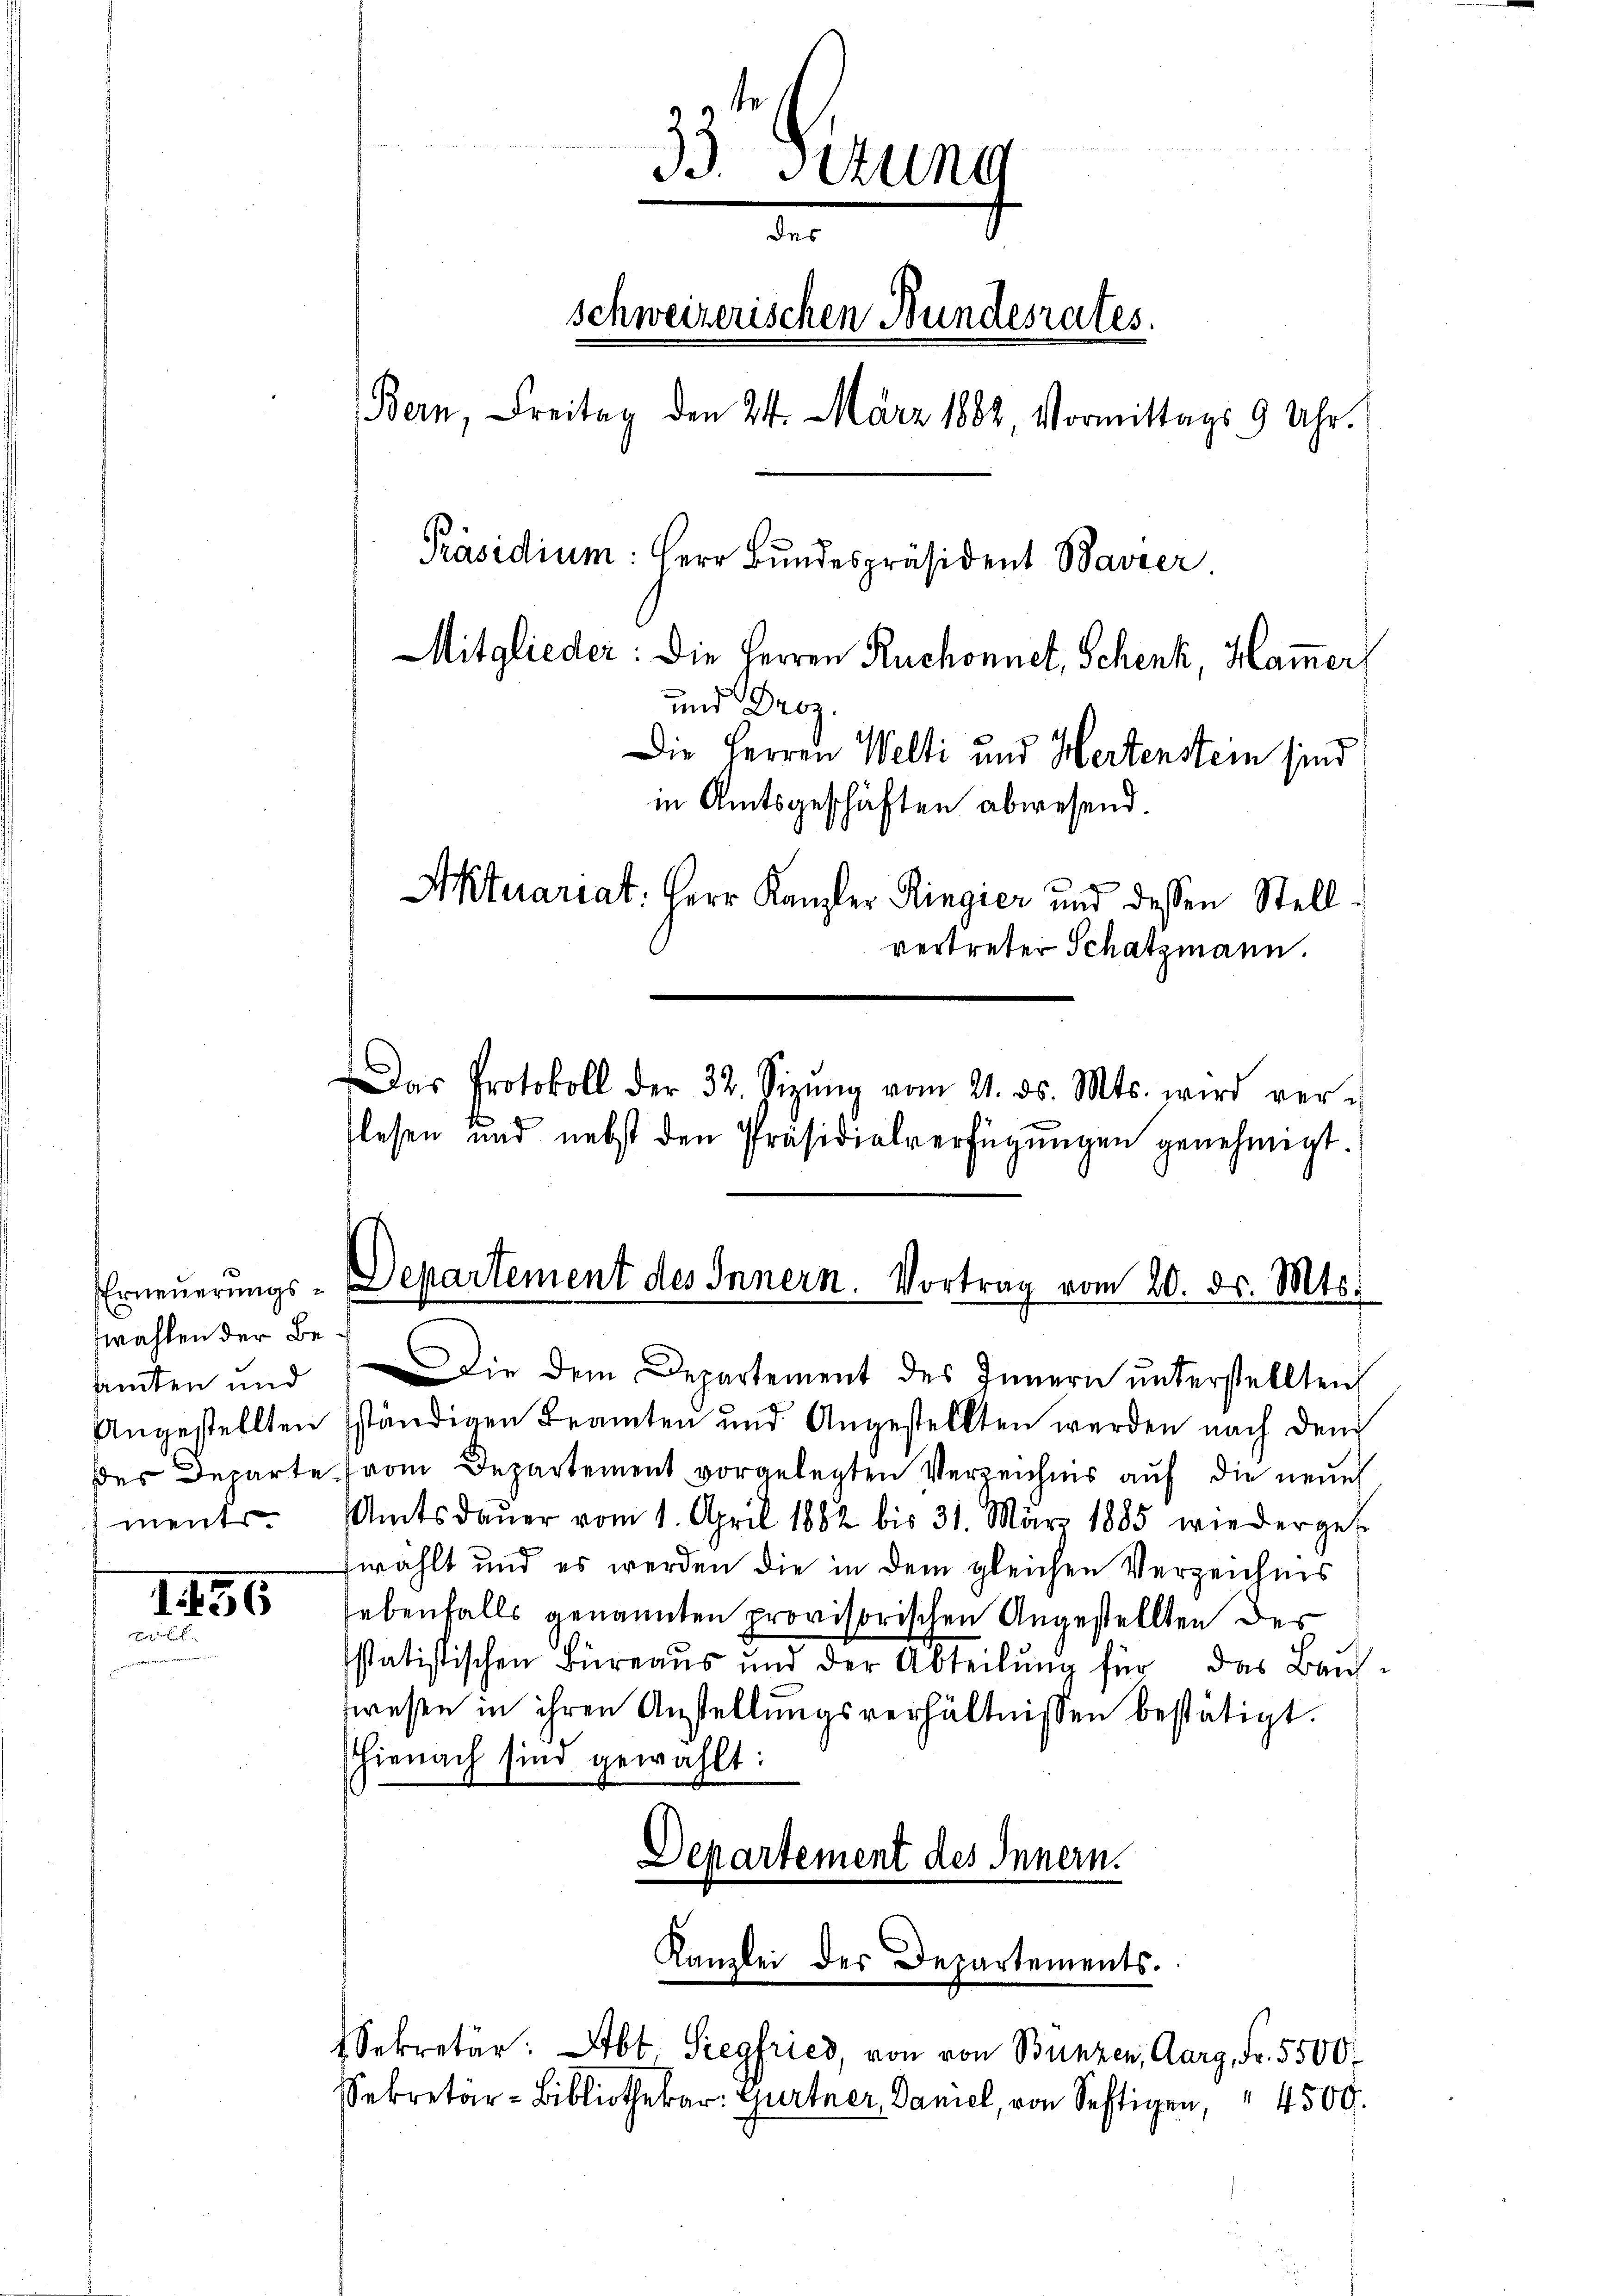
zwahlen der Besamten und
Angestellten
ment

156
Brach, da

33. Stund
der
schweizerischen Bundesrates.
Bern, Freitag den 24. März 1882, Vormittags 9 Uhr.
Präsidium: Herr Bundespräsident Bavier
Mitglieder: Die Herren Ruchonnet, Schenk, Ham̅er
und Droz.
Die Herren Welti und Hertenstein sind
in Amtsgeschäften abwesend.
Aktuariat. Herr Kanzler Ringier und dessen Stellvertreter Schatzmann.

lesen und nebst den Präsidialverfügungen genehmigt.

as Protokoll der 32. Sizŭng vom 21. ds. Mts. wird ver-

Erneŭerŭngs-Departement des Innern. Vortrag vom 20. d. Mts.

Die dem Departement des Innern ŭnterstellten
ständigen Beamten und Angestellten werden nach dem
des Departe (vom Departement vorgelegten Verzeichnis auf die neue
Amtsdaŭer vom 1. April 1882 bis 31. März 1885 wiederge-
wählt und es werden die in dem gleichen Verzeichnis
ebenfalls genannten provisorischen Angestellten der
statistischen Büreaus und der Abteilŭng für das Baŭ-
wesen in ihren Anstellungsverhältnissen bestätigt.
hienach sind gewählt:
Departement des Innern.
Kanzlei der Departements.
Sekretär: Abt. Siegfried, von von Bunzen, Aarg, Fr. 5500
Sekretär-Bibliothekar: Gurtner Daniel, von Seftigen, " 4500.